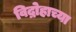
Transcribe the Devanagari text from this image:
विद्रोहाच्या